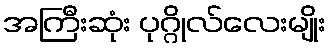
အကြီးဆုံး ပုဂ္ဂိုလ်လေးမျိုး